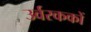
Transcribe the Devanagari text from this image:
उर्वरककों